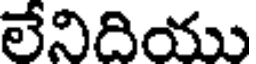
లేనిదియు